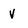
Character: V